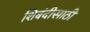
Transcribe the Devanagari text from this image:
शिबंदीसाठी